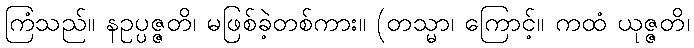
ကြံသည်။ နဥပ္ပဇ္ဇတိ၊ မဖြစ်ခဲ့တစ်ကား။ (တသ္မာ၊ ကြောင့်။ ကထံ ယုဇ္ဇတိ၊